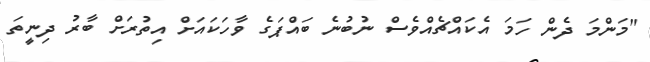
"މަންމަ ދެން ހަމަ އެކައްޗެއްވެސް ނުބުނެ ބައްޕަގެ ވާހަކައަށް އިތުރަށް ބާރު ދިނީތަ